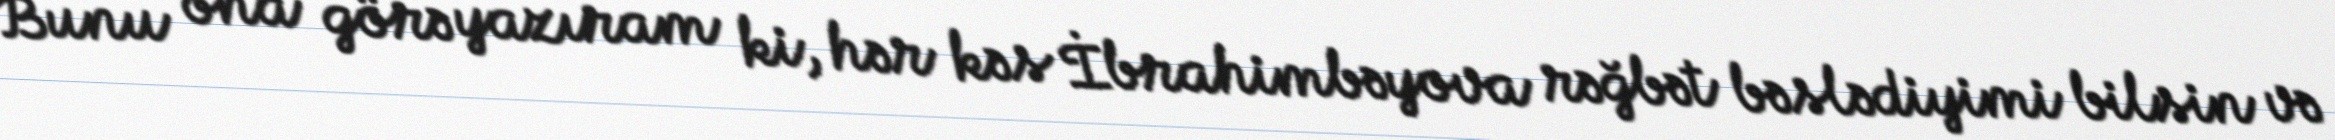
Bunu ona görə yazıram ki, hər kəs İbrahimbəyova rəğbət bəslədiyimi bilsin və